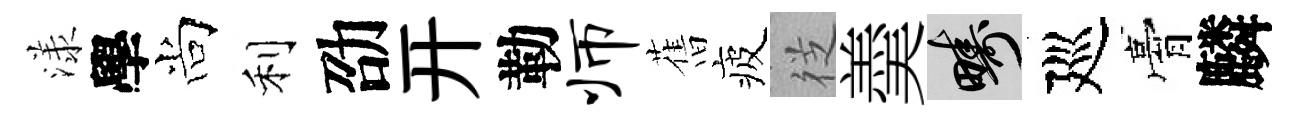
漾學尚利劭开勒师𦾔疲徔羮疇廵膏麟